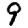
Digit: 9